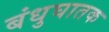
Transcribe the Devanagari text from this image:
बंधुघातक